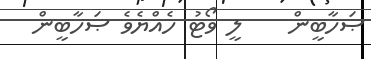
ޞަހާބީން    ލީ ވޯޓު ހެއްޔެވެ ޞަހާބީން